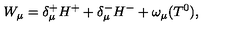
W _ { \mu } = \delta _ { \mu } ^ { + } H ^ { + } + \delta _ { \mu } ^ { - } H ^ { - } + \omega _ { \mu } ( T ^ { 0 } ) ,